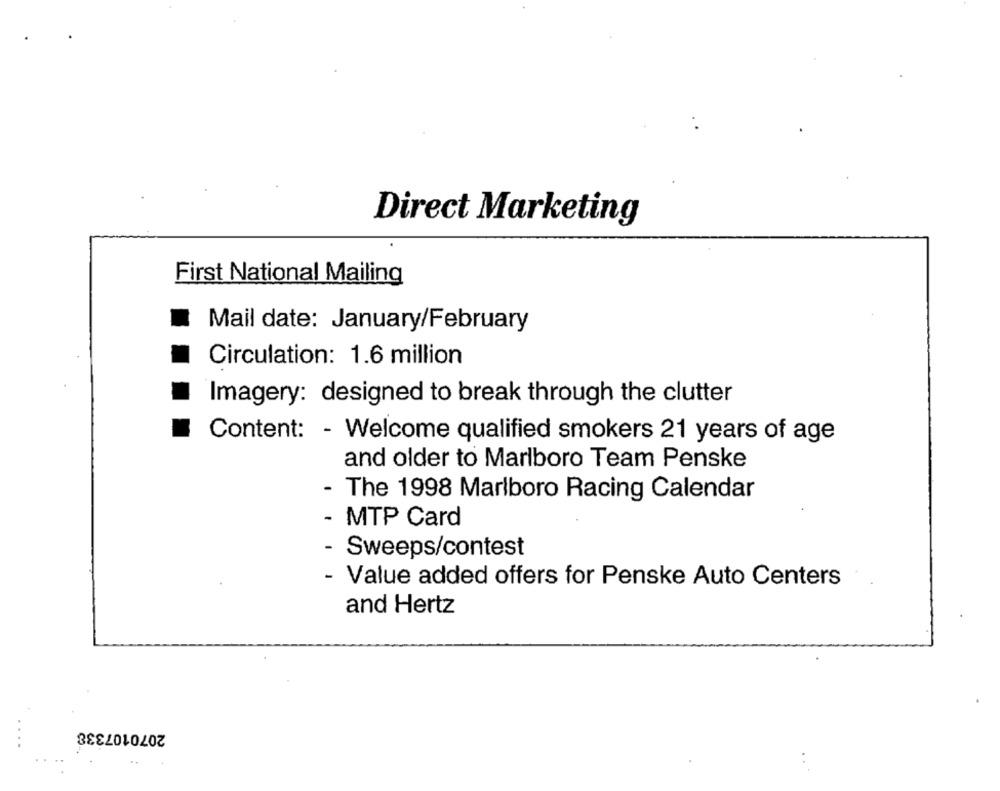
Direct Marketing
First National Mailing
Mail date: January/February
Circulation: 1.6 million
Imagery: designed to break through the clutter
Content: - Welcome qualified smokers 21 years of age
and older to Marlboro Team Penske
- The 1998 Marlboro Racing Calendar
- MTP Card
- Sweeps/contest
- Value added offers for Penske Auto Centers
and Hertz
2070107338